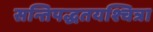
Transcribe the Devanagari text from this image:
सन्तिपद्धतयश्चित्रा